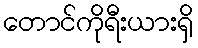
တောင်ကိုရီးယားရှိ